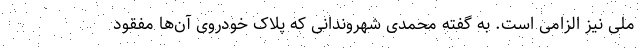
ملی نیز الزامی است. به گفته محمدی شهروندانی که پلاک خودروی آن‌ها مفقود